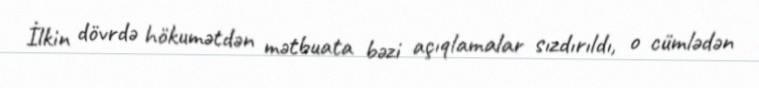
İlkin dövrdə hökumətdən mətbuata bəzi açıqlamalar sızdırıldı, o cümlədən